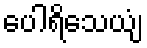
ပေါရိသေယျံ